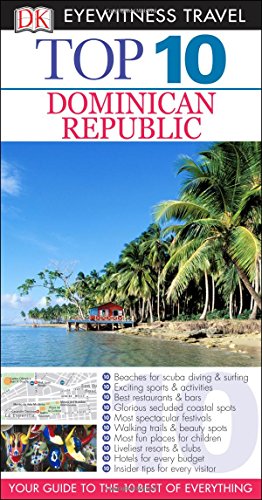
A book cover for Dk Eyewitness Top 10 Travel Guide: Dominican Republic; Travel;